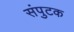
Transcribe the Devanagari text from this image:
संपुटक